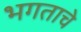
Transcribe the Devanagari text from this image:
भगताचे